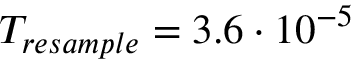
T _ { r e s a m p l e } = 3 . 6 \cdot 1 0 ^ { - 5 }